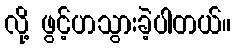
လို့ ဖွင့်ဟသွားခဲ့ပါတယ်။